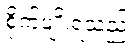
စိုက်ပျိုးရသည်